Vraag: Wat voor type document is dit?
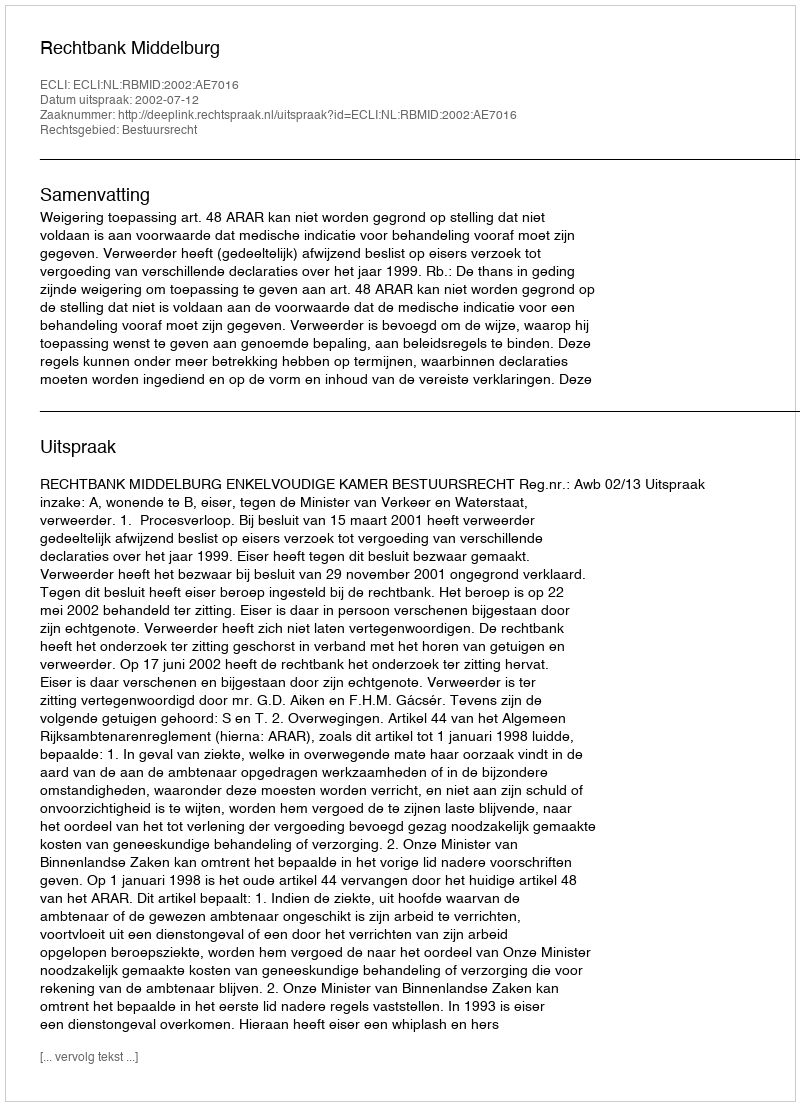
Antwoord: Uitspraak